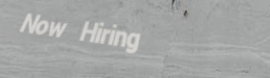
Now Hiring